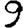
Digit: 9